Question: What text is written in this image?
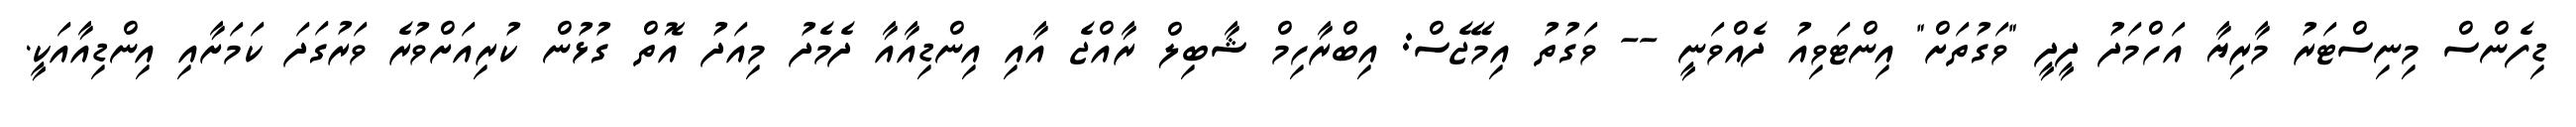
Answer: ޑިފެންސް މިނިސްޓަރު މާރިޔާ އަހްމަދު ދީދީ "ވަގުތަށް" އިންޓަވިއު ދެއްވަނީ -- ވަގުތު އިމޭޖެސް: އިބްރާހިމް ޝާބިލް ރާއްޖެ އާއި އިންޑިއާއާ ދެމެދު މިއަދު އޮތް ގުޅުން ކުރިއަށްވުރެ ވަރުގަދަ ކަމަށާއި އިންޑިއާއަކީ.